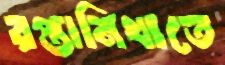
রপ্তানিখাতে